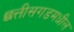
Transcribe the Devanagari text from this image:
छत्तीसगडमधील